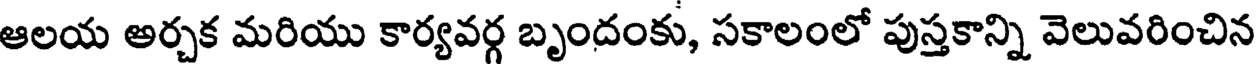
ఆలయ అర్చక మరియు కార్యవర్గ బృందంకు, సకాలంలో పుస్తకాన్ని వెలువరించిన